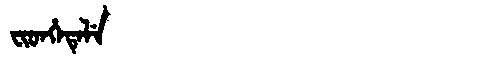
Manchu: ᠸᡳᡨᡥᡝᡨᡝᠯᡝ
Romanization: FITHETELE